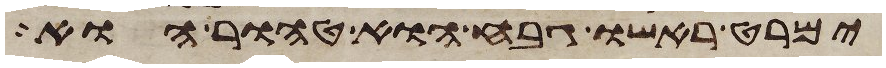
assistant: ימרט ראשו גבח הוא טהור הוא